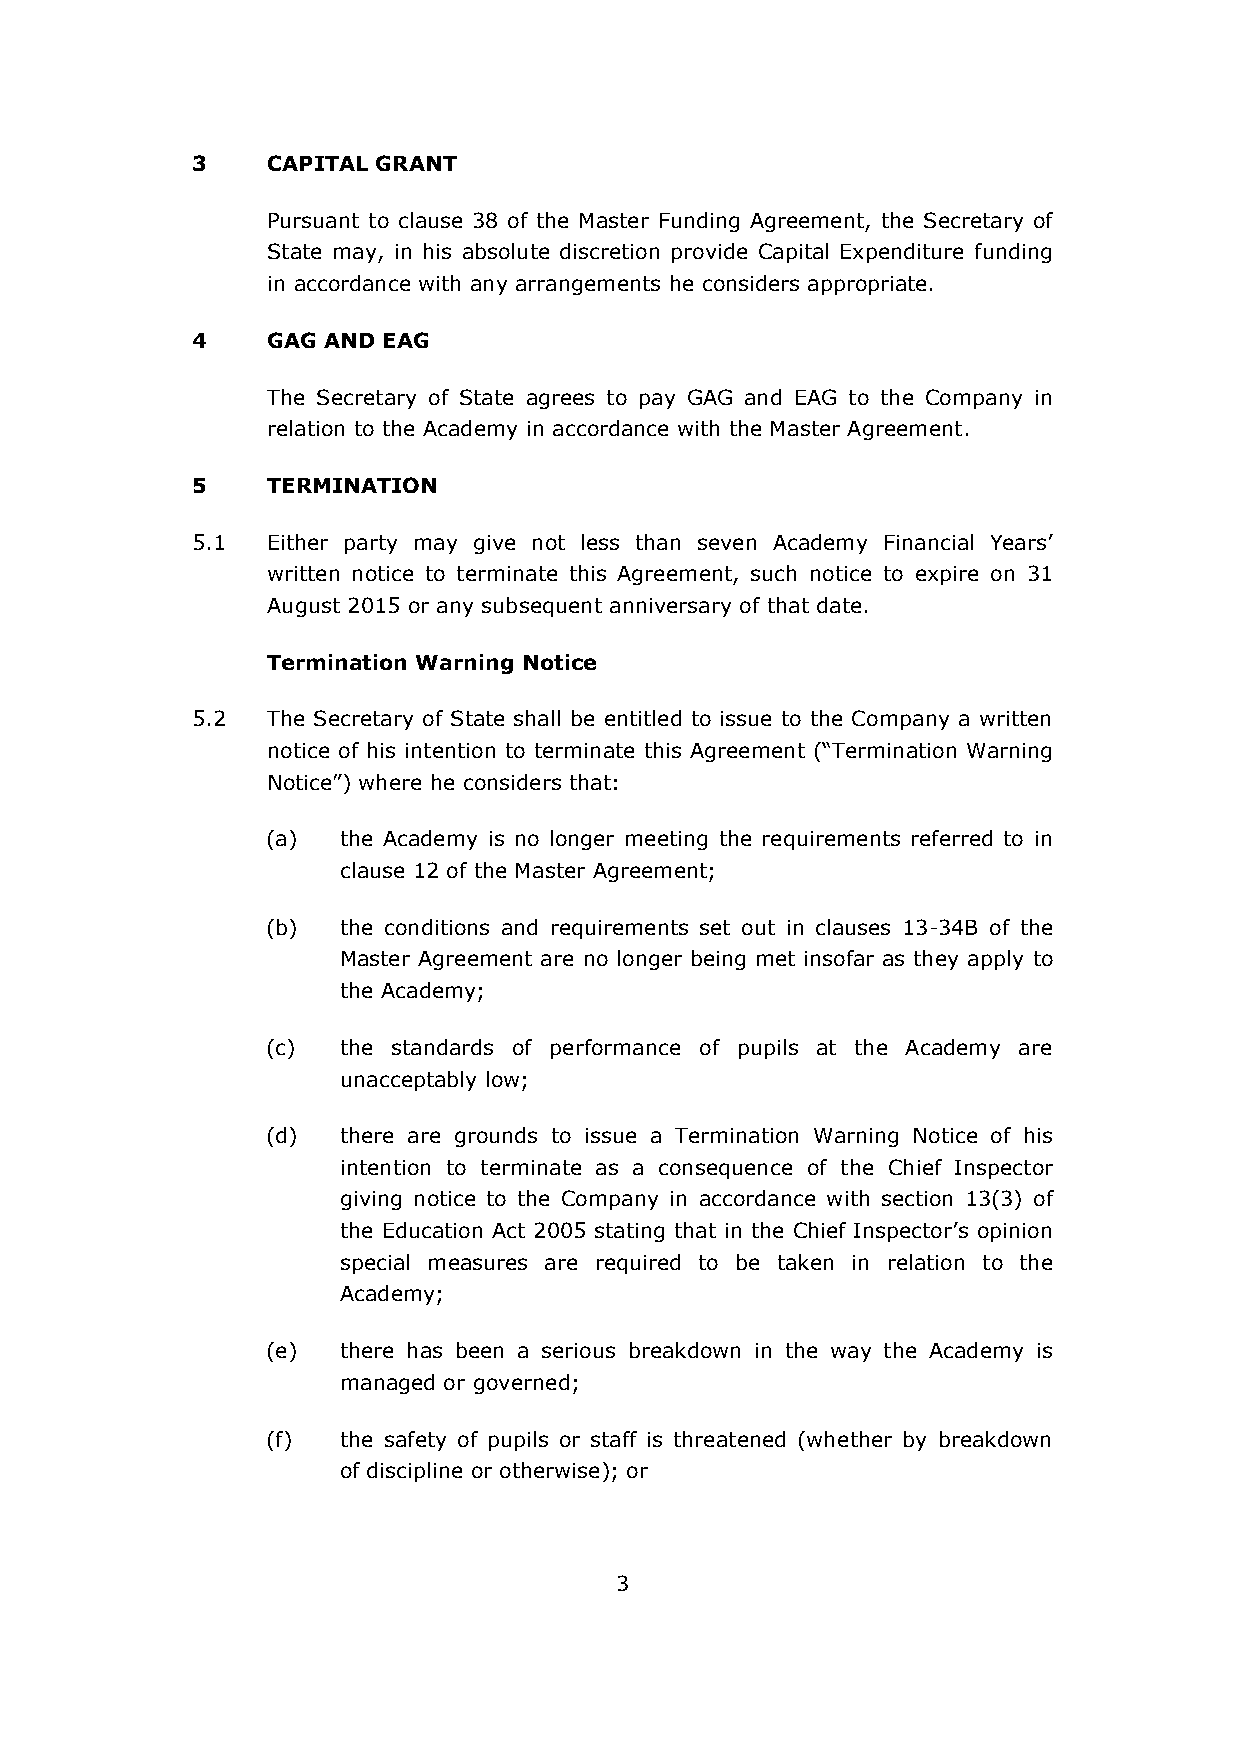
3    CAPITAL GRANT
 Pursuant to clause 38 of the Master Funding Agreement, the Secretary of
 State may, in his absolute discretion provide Capital Expenditure funding
 in accordance with any arrangements he considers appropriate.
 4    GAG AND EAG
 The Secretary of State agrees to pay GAG and EAG to the Company in
 relation to the Academy in accordance with the Master Agreement.
 5    TERMINATION
 5.1  Either party may give not less than seven Academy Financial Years’
 written notice to terminate this Agreement, such notice to expire on 31
 August 2015 or any subsequent anniversary of that date.
 Termination Warning Notice
 5.2  The Secretary of State shall be entitled to issue to the Company a written
 notice of his intention to terminate this Agreement (“Termination Warning
 Notice”) where he considers that:
 (a) the Academy is no longer meeting the requirements referred to in
 clause 12 of the Master Agreement;
 (b) the conditions and requirements set out in clauses 13-34B of the
 Master Agreement are no longer being met insofar as they apply to
 the Academy;
 (c) the standards of performance of pupils at the Academy are
 unacceptably low;
 (d) there are grounds to issue a Termination Warning Notice of his
 intention to terminate as a consequence of the Chief Inspector
 giving notice to the Company in accordance with section 13(3) of
 the Education Act 2005 stating that in the Chief Inspector’s opinion
 special measures are required to be taken in relation to the
 Academy;
 (e) there has been a serious breakdown in the way the Academy is
 managed or governed;
 (f) the safety of pupils or staff is threatened (whether by breakdown
 of discipline or otherwise); or
 3